Annual administration and progress report of the Indian Medical Department, Bombay
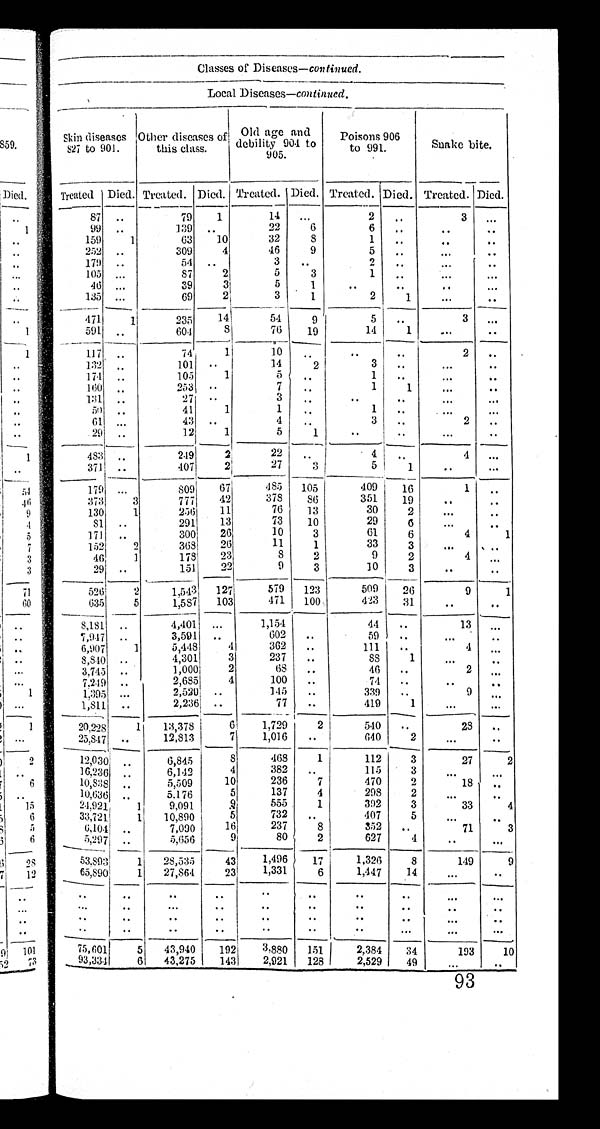
Classes of Diseases—continued.
L o c a l D i s e a s e s — c o n t i n u e d .
Skin diseases Other
27 to 901.
o t h e r d i s e a s e s o f !
this class.
Old age and
debility 904 to
905.
poisons 906
to 991.
Snake bite.
Treated Died. Treated. Died. Treated. Died. Treated. Died. Treated. Died.
87
..
79
1
14
...
2
..
3
. . .
9 9
..
1.39
. . . .
22
6
6
. . . .
. . . .
. . .
159
1
6 3
10
32
8
1
. .
. .
. .
2 5 2
. .
309
4
46
9
5
. .
...
. .
179
. .
54
. .
3
. .
2
. .
...
. . .
105 ...
87
2
5
3
1
„
. . .
. . .
46
. . .
39
3
5
1
. .
. .
. .
. . .
135 ...
69
2
3
1
2
1
...
..
471
1
235
14
54
9
5
. . .
3
. . .
591 ..
604
8
76
19
14
1
...
..
117
. .
74
1
10
..
. .
. .
2
..
1:32
..
101
. .
14
2
3
. .
...
..
174
. .
105
1
5
. .
1
. .
. . .
. .
160 ..
253
. .
7
..
1
1
...
..
131
. .
27
. .
3
. .
. . . . . .
. . .
. . .
50
. .
41
1
1
. .
1
. .
...
61 ...
43 ..
4
..
3
..
2
..
29 ..
12
1
5
1
..
..
...
. .
483 ..
2.19
2
22
..
.
4 .
4
. . .
3711
. .
4 0 7
2
27
3
5
1
. .
. . .
179
. . .
809
67
485
105
409
16
1
. .
373
3
777
42
378
86
351
19
. .
. .
130
1
256
11
76
13
30
2
...
. .
81
..
291
13
73
10
29
6
. . .
. .
171
. .
300
26
10
3
61
6
4
1
152
2
368
26
11
1
33
3
. . .
. .
4 6
1
1 7 8
2 3
8
2
9
2
4
. . .
2 9
. .
1 5 1
2 2
9
3
10
3
. .
. .
526
2
1,543
127
579
123
509
26
9
1
635
5
1,587
103
471
100
423
31
. .
. .
8,181
..
4,401
...
1,154
44
..
13
. . .
7,0 .17 ..
3,591
..
602
..
59
..
...
. .
6,907
1
5,448,
4
362
111
. .
4
. . .
8,8.10 ..
4,3011
3
237
..
88
1
. . .
. .
3.745 ..
1,0001
2
68
. .
46
. .
2
. . .
7 . 2 4 9 ...
2,685
4
100
. .
74
. .
. .
. .
1,395 ...
2,520
..
145
..
339
..
9
. . .
1,811
. .
2,236: ..
77
..
419
1
. . .
. . .
20,228
1
13,378
6
1,729
2
540
..
28
. .
25,847
. .
12,813
7
1,016
..
640
2
. . .
. .
12,030
. .
6,845
8
468
1
112
3
27
2
16,236
..
..
6,142
4
382
..
115
3
. . .
. . .
10,838
. .
5 . 5 0 9
10
236
7
470
2
18
. . .
10,636
. .
5.176
5
137
4
298
2
. . .
. .
24,921
1
9 , 0 9 1
9
555
1
392
3
33
4
33 ,721
1
10,890
5
732
. .
407
5
. . .
. .
6,104
. .
7,090
16
237
8
352
..
71
3
5,297 ..
5,656
9
80
2
627
4
. . . . .
53.893
1
28,535
4 3 ,
1,496
17
1,326
8
149
9
65,890
1
27,864
2 3
1 , 3 3 1
6
1,447
14
. . .
. .
. .
. .
. .
. .
. .
. .
. . . .
. . .
. . .
. . .
. .
. . .
. .
. .
. .
. . . .
..
. .
. . . .
. . .
. . . .
. .
. .
. .
. . . .
. . .
. .
. .
. .
. .
. .
. .
. .
. .
. . .
...
. . .
75,601
5
43,940
192
3,880
151
2,384
34
193
10
93,331
6
43,275
143
2,921
128
2,529
49
. . . . .
93